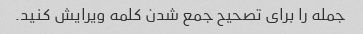
جمله را برای تصحیح جمع شدن کلمه ویرایش کنید.